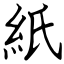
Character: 紙